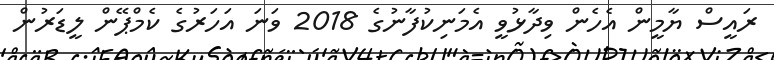
ރައީސް ޔާމީން އެހެން ވިދާޅުވީ އެމަނިކުފާނުގެ 2018 ވަނަ އަހަރުގެ ކެމްޕޭން ލީޑަރުން